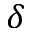
\delta